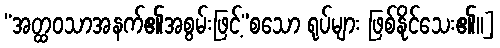
“အတ္ထဝသာအနက်၏အစွမ်းဖြင့်”စသော ရုပ်များ ဖြစ်နိုင်သေး၏။]